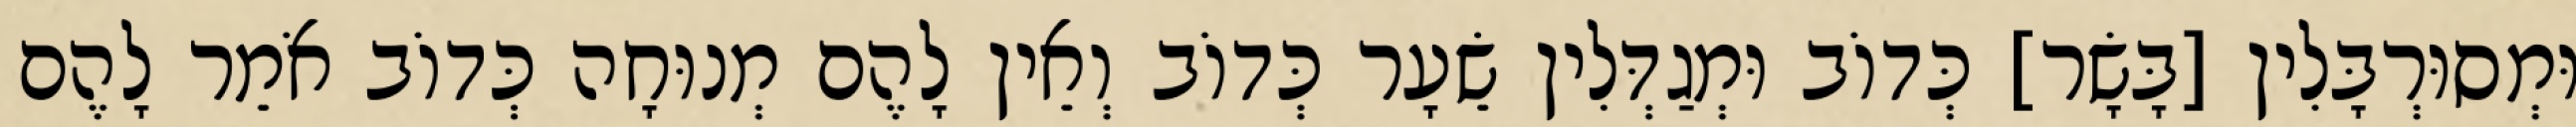
וּמְסוּרְבָּלִין [בָּשָׂר] כְּדוֹב וּמְגַדְּלִין שֵׂעָר כְּדוֹב וְאֵין לָהֶם מְנוּחָה כְּדוֹב אֹמֵר לָהֶם